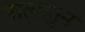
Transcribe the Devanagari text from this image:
नात्यातुन